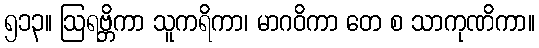
၅၁၃။ ဩရဗ္ဘိကာ သူကရိကာ၊ မာဂဝိကာ တေ စ သာကုဏိကာ။